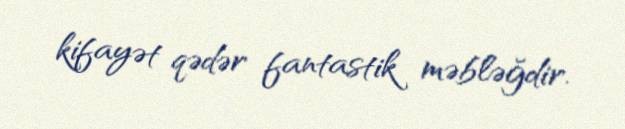
kifayət qədər fantastik məbləğdir.